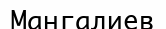
Мангалиев